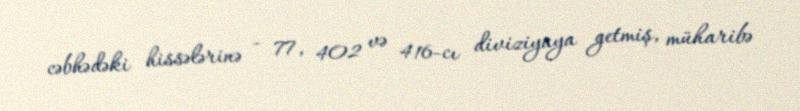
cəbhədəki hissələrinə - 77, 402 və 416-cı diviziyaya getmiş, müharibə